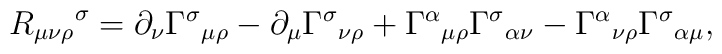
{R_{\mu \nu \rho}}^{\sigma} = \partial_{\nu} {\Gamma^{\sigma}}_{\mu\rho}   -\partial_{\mu} {\Gamma^{\sigma}}_{\nu\rho}   +{\Gamma^{\alpha}}_{\mu\rho}   {\Gamma^{\sigma}}_{\alpha \nu}-{\Gamma^{\alpha}}_{\nu\rho}   {\Gamma^{\sigma}}_{\alpha \mu} ,